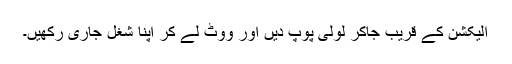
الیکشن کے قریب جاکر لولی پوپ دیں اور ووٹ لے کر اپنا شغل جاری رکھیں۔